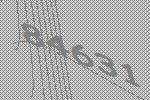
84631